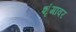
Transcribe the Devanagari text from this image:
शृंगावर